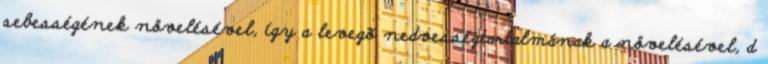
sebességének növelésével, így a levegõ nedvességtartalmának a növelésével, d